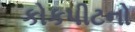
કોકપીટનો